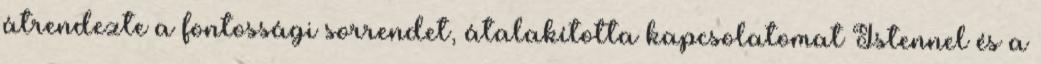
átrendezte a fontossági sorrendet, átalakította kapcsolatomat Istennel és a